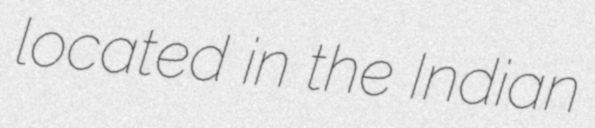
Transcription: located in the Indian